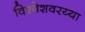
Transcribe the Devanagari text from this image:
विश्वेशवरय्या